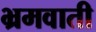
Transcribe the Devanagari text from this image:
भ्रमवाती